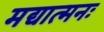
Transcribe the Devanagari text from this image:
मद्यात्मनः